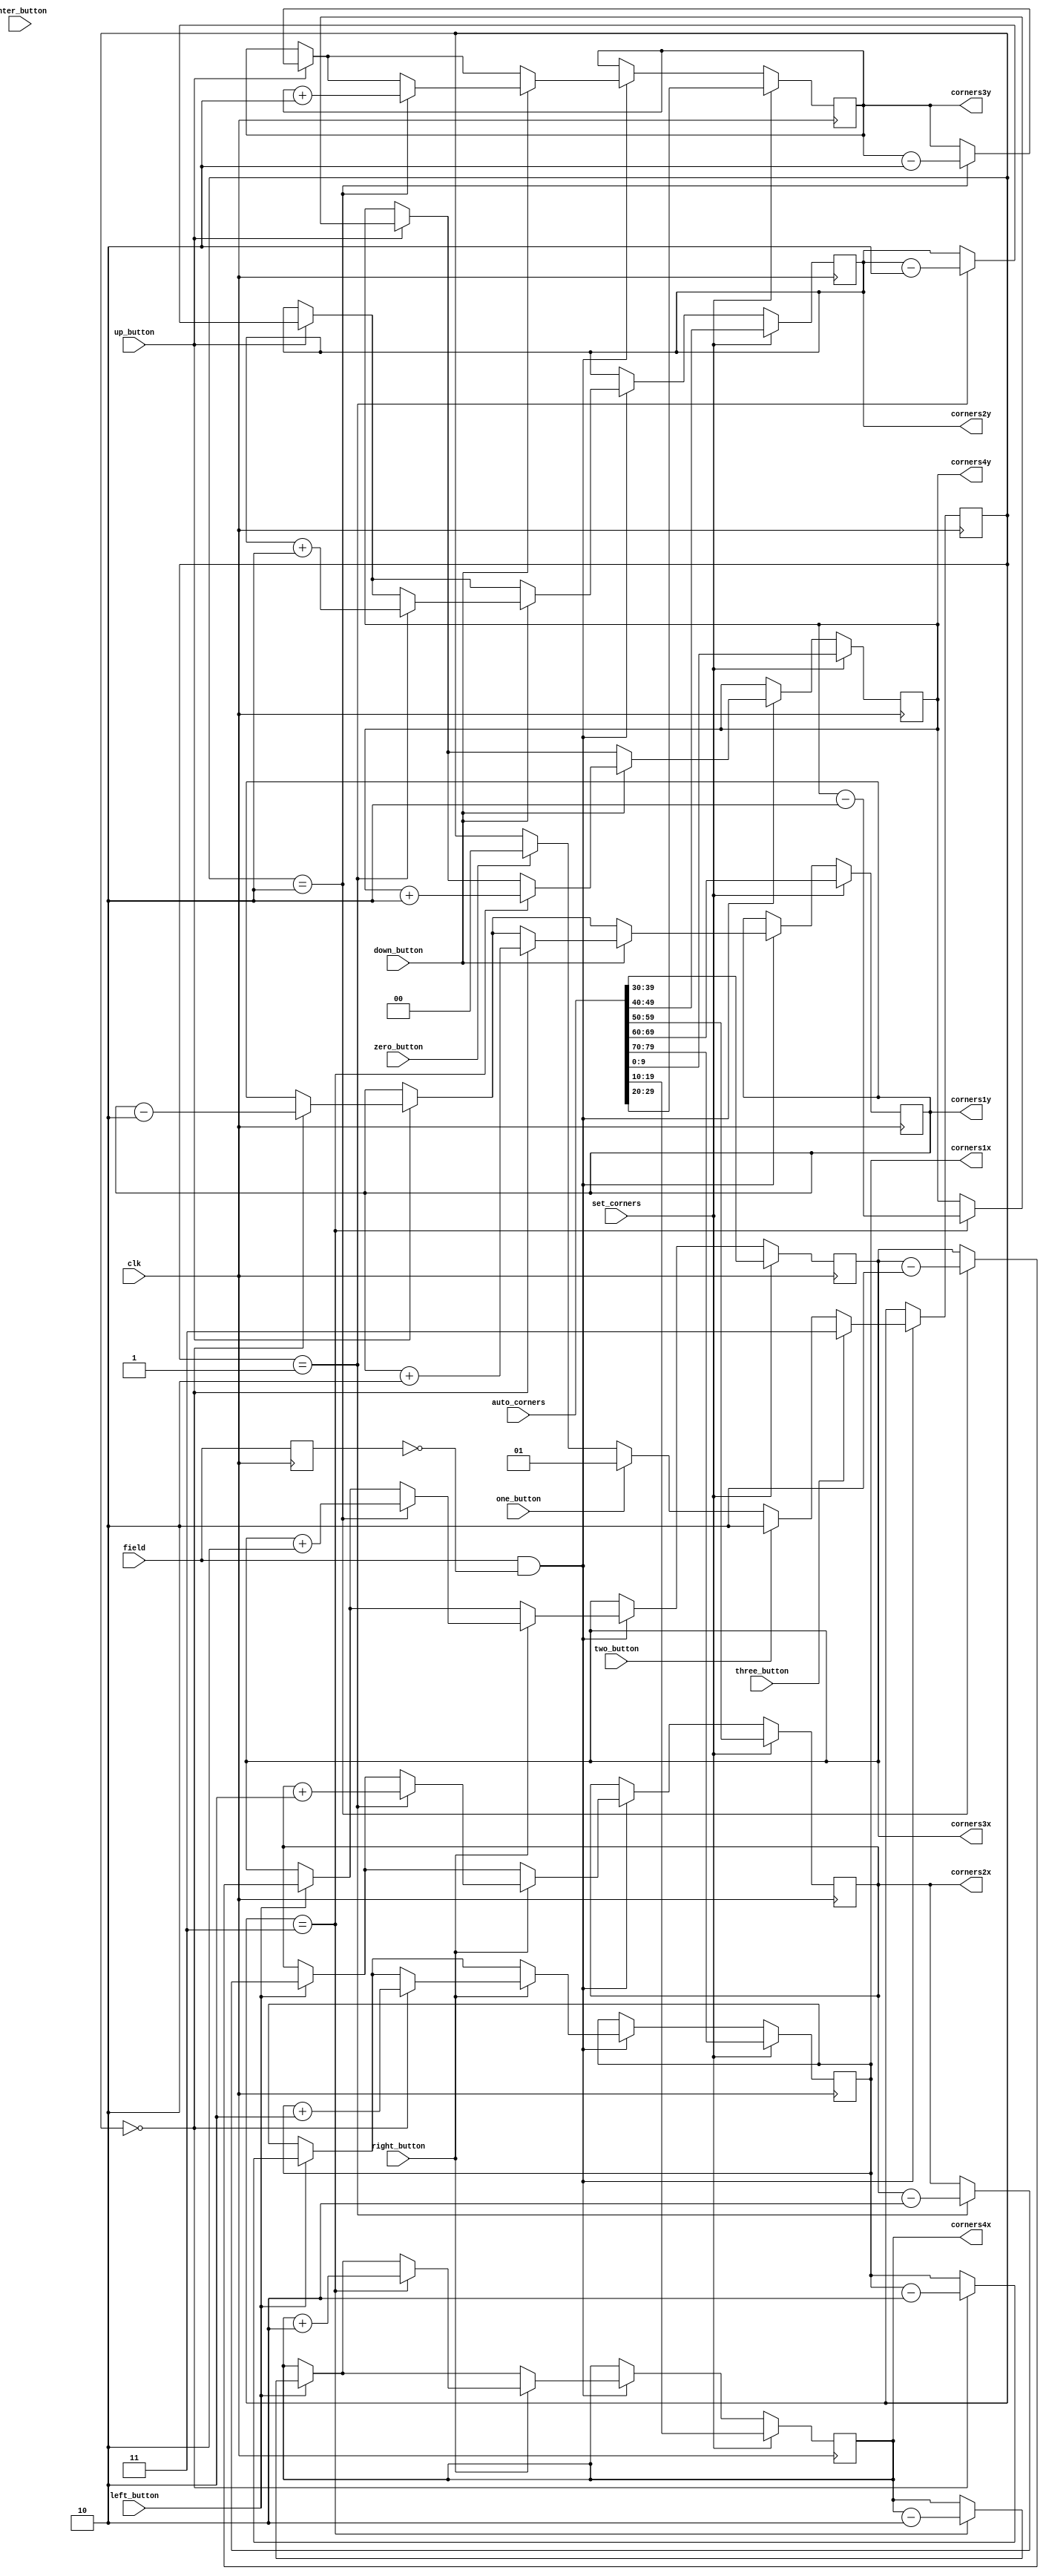
`timescale 1ns / 1ps
//////////////////////////////////////////////////////////////////////////////////
// Company: 
// Engineer: 
// 
// Design Name: 
// Module Name:    human_interface 
// Project Name: 
// Target Devices: 
// Tool versions: 
// Description: 
//
// Dependencies: 
//
// Revision: 
// Revision 0.01 - File Created
// Additional Comments: 
//
//////////////////////////////////////////////////////////////////////////////////
module human_interface_corners(
	input clk,
	input field,
   input left_button,
   input right_button,
   input up_button,
   input down_button,
   input enter_button,
   input zero_button,
   input one_button,
   input two_button,
   input three_button,
	input [79:0] auto_corners, 
	input set_corners,
   output reg [9:0] corners1x,
	output reg [9:0] corners1y,
	output reg [9:0] corners2x,
	output reg [9:0] corners2y,
	output reg [9:0] corners3x,
	output reg [9:0] corners3y,
	output reg [9:0] corners4x,
	output reg [9:0] corners4y
   );
	
	reg old_field;
	wire field_edge;
	assign field_edge = field & ~old_field;
	
	reg [1:0] selected_corner;
	
	always @(posedge clk) begin
		old_field <= field;
		
		//every frame
		if(field_edge == 1) begin
			//move selected corner left
			if(left_button == 1) begin
				if(selected_corner == 0) corners1x <= corners1x - 2;
				if(selected_corner == 1) corners2x <= corners2x - 2;
				if(selected_corner == 2) corners3x <= corners3x - 2;
				if(selected_corner == 3) corners4x <= corners4x - 2;
			end
			
			//move selected corner right
			if(right_button == 1) begin
				if(selected_corner == 0) corners1x <= corners1x + 2;
				if(selected_corner == 1) corners2x <= corners2x + 2;
				if(selected_corner == 2) corners3x <= corners3x + 2;
				if(selected_corner == 3) corners4x <= corners4x + 2;
			end
			
			//move selected corner up
			if(up_button == 1) begin
				if(selected_corner == 0) corners1y <= corners1y - 2;
				if(selected_corner == 1) corners2y <= corners2y - 2;
				if(selected_corner == 2) corners3y <= corners3y - 2;
				if(selected_corner == 3) corners4y <= corners4y - 2;
			end
			
			//move selected corner down
			if(down_button == 1) begin
				if(selected_corner == 0) corners1y <= corners1y + 2;
				if(selected_corner == 1) corners2y <= corners2y + 2;
				if(selected_corner == 2) corners3y <= corners3y + 2;
				if(selected_corner == 3) corners4y <= corners4y + 2;
			end
			
			//select which corner you're moving
			if(zero_button == 1) selected_corner <= 0;
			if(one_button == 1) selected_corner <= 1;
			if(two_button == 1) selected_corner <= 2;
			if(three_button == 1) selected_corner <= 3;
		end
					
		if(set_corners) begin
			corners1x <= auto_corners[79:70];
			corners1y <= auto_corners[69:60];
			corners2x <= auto_corners[59:50];
			corners2y <= auto_corners[49:40];
			corners3x <= auto_corners[39:30];
			corners3y <= auto_corners[29:20];
			corners4x <= auto_corners[19:10];
			corners4y <= auto_corners[09:00];
		end
	end

endmodule